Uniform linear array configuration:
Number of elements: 32
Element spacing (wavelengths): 0.25
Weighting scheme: uniform
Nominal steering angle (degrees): -30
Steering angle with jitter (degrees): -30.949
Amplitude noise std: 0.05
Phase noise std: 0.05

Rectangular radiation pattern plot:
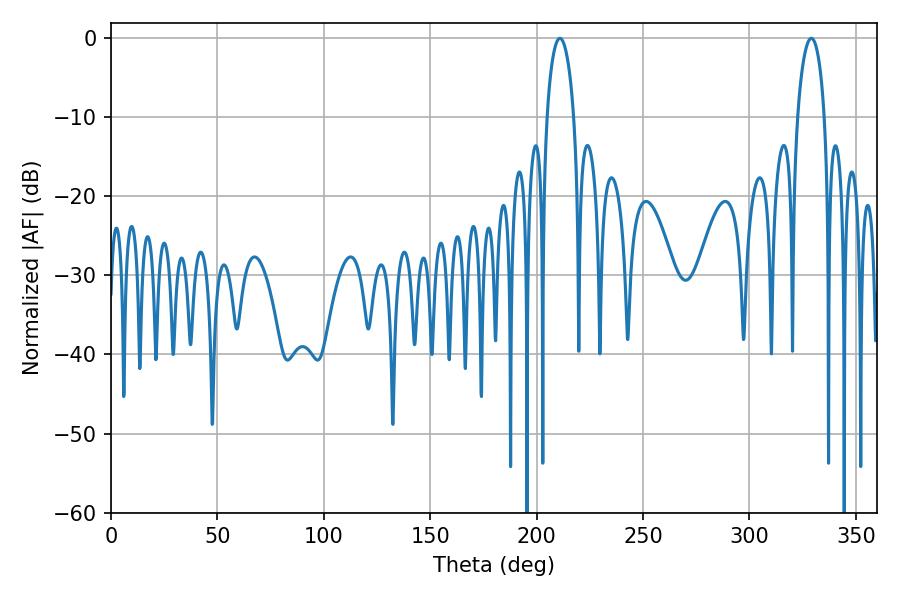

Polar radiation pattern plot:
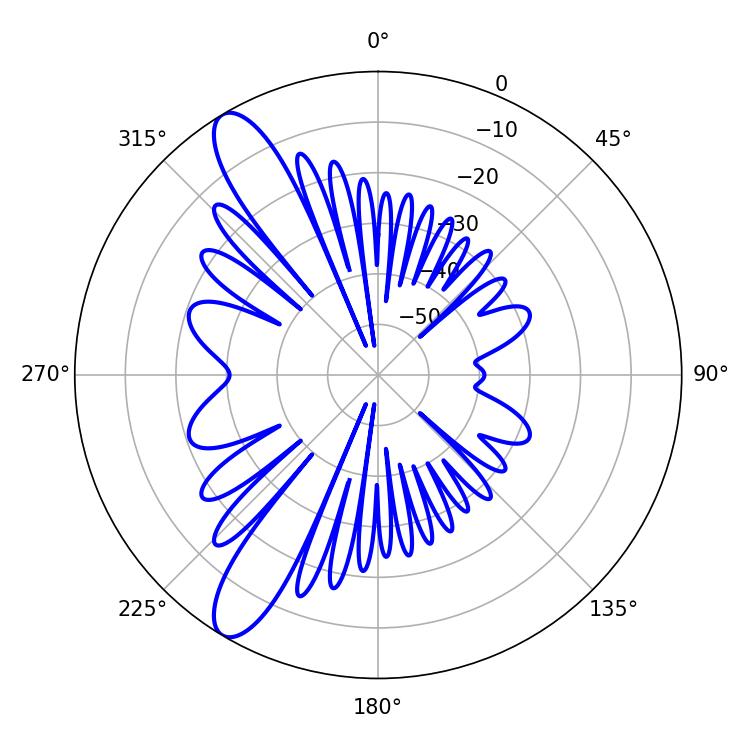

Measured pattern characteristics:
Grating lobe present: FALSE
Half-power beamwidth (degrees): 7.2
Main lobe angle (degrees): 329.04